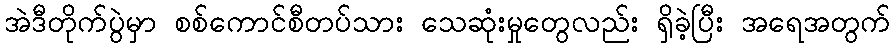
အဲဒီတိုက်ပွဲမှာ စစ်ကောင်စီတပ်သား သေဆုံးမှုတွေလည်း ရှိခဲ့ပြီး အရေအတွက်